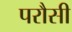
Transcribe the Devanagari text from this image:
परौसी